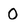
Character: 0